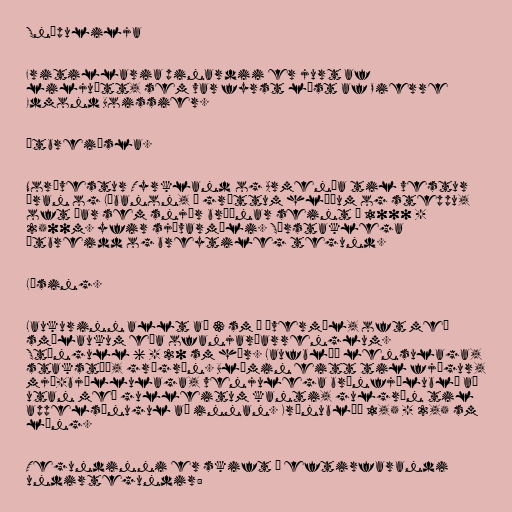
Snípulilja

Fritillaria pinardii er jurt af
liljuætt, sem var fyrst lýst af Pierre
Edmond Boissier.

Útbreiðsla.

Norðvestur Tyrkland og Armenía til vestur
Íran og Líbanon, á grýttum hlíðum og steppu,
oft þar sem snjór bráðnar seint í 1000 -
2500m. yfir sjávarmáli. Sérstaklega
útbreidd og breytileg tegund.

Lýsing.

Laukurinn allt að 3 sm í þvermál, oft með
smálaukum eða ofanjarðarrenglum.
Stöngull 6 - 20 sm hár. Laufblöð lensulaga,
stakstæð, grágræn. Blómin eitt til fjögur,
mjó-bjöllulaga, venjulega brúnfjólublá að
utan með gulleitum kanti, gulgræn til
appelsínugul að innan. Krónublöð 1,5 - 2,5 sm
löng.

Tegundinni er skift í eftirfarandi
undirtegundir: